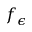
f _ { \epsilon }